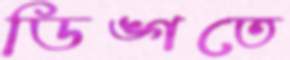
ডিঙ্গতে